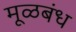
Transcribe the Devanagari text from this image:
मूळबंध